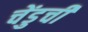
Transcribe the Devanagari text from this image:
चेंडुची